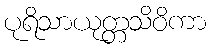
ပုရိသာယုတ္တသိဝိကာ